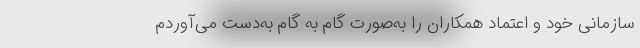
سازمانی خود و اعتماد همکاران را به‌صورت گام به گام به‌دست می‌آوردم